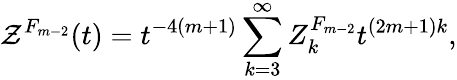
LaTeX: {\cal Z}^{F_{m-2}}(t)=t^{-4(m+1)}\sum_{k=3}^{\infty}{Z}_{k}^{F_{m-2}}t^{(2m+1)k},